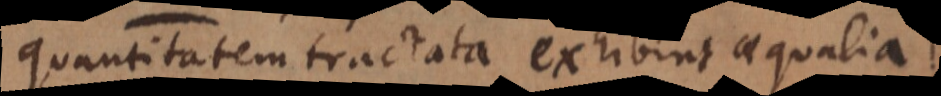
quantitatem tractata exhibent aequalia.